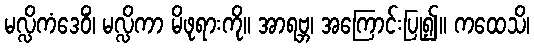
မလ္လိကံဒေဝိံ၊ မလ္လိကာ မိဖုရားကို။ အာရဗ္ဘ၊ အကြောင်းပြု၍။ ကထေသိ၊